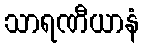
သာရဏီယာနံ